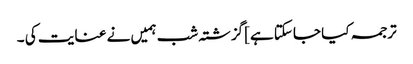
ترجمہ کیا جاسکتا ہے]گزشتہ شب ہمیں نے عنایت کی ۔